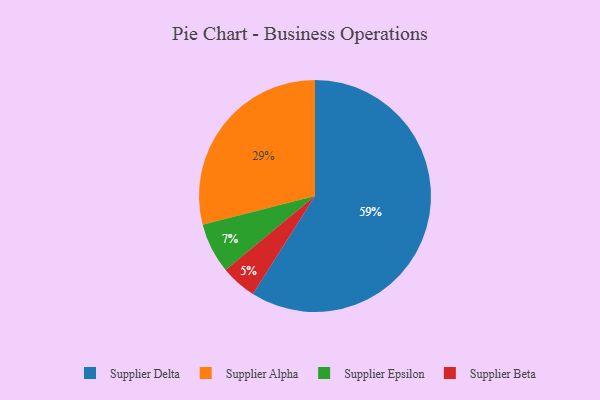
{"axis": {"x": "Category", "y": "Percentage"}, "legend": ["Supplier Alpha", "Supplier Beta", "Supplier Delta", "Supplier Epsilon"], "data": [{"x": "Supplier Epsilon", "y": 7, "type": "Supplier Epsilon"}, {"x": "Supplier Delta", "y": 59, "type": "Supplier Delta"}, {"x": "Supplier Beta", "y": 5, "type": "Supplier Beta"}, {"x": "Supplier Alpha", "y": 29, "type": "Supplier Alpha"}]}